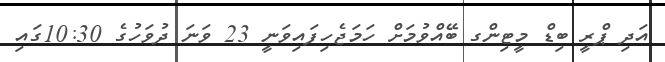
އަދި ޕްރީ ބިޑް މީޓިންގ ބޭއްވުމަށް ހަމަޖެހިފައިވަނީ 23 ވަނަ ދުވަހުގެ 10:30ގައި